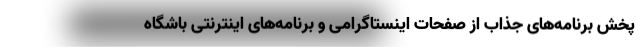
پخش برنامه‌های جذاب از صفحات اینستاگرامی و برنامه‌های اینترنتی باشگاه